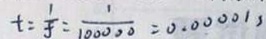
t = \frac { 1 } { f } = \frac { 1 } { 1 0 0 0 0 0 } = 0 . 0 0 0 0 1 ,